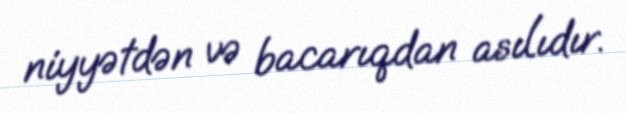
niyyətdən və bacarıqdan asılıdır.